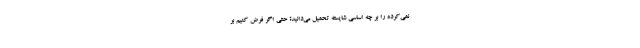
نمی‌کرده را بر چه اساسی شایستهٔ تحمیل می‌دانید؟ حتی اگر فرض کنیم بر